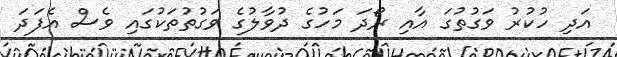
އަދި ހުކުރު ވަގުތުގަ އާއި ރޯދަ މަހުގެ ދުވާލުގެ ވަގުތުތަކުގައި ވެސް އެފަދަ